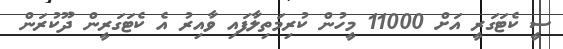
ސީ ކެޓަގަރީ އަށް 11000 މީހުން ކުރިމަތިލާފައި ވާއިރު އެ ކެޓަގަރީން ދޫކުރަން